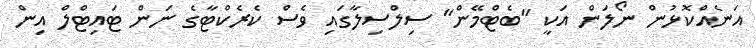
އަނެއްކޮޅުން ނޯލަން އަކީ "ބެޓްމޭން" ސިލްސިލާގައި ވެސް ކެރެކްޓާގެ ނަން ޓައިޓްލް އިން